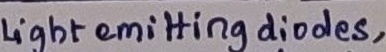
Text: Light emitting diodes,